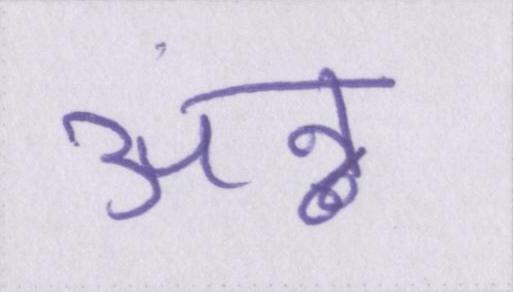
अन्न